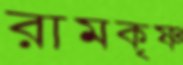
রামকৃষ্ণ